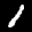
Label: 1